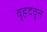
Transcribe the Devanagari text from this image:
वृहदवृत्त